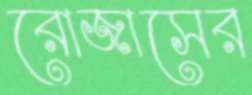
রোজাসের